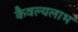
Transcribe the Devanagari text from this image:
कैवल्यलाभ